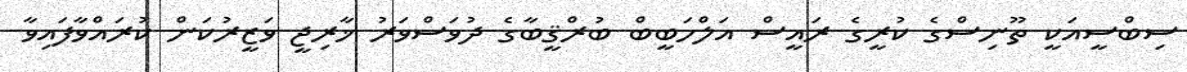
ސިބްސީއަކީ ތޫނިސްގެ ކުރީގެ ރައީސް އަލްހަބީބް ބުރްޤީބާގެ ދުވަސްވަރު ޚާރިޖީ ވަޒީރުކަން ކުރައްވާފައިވާ